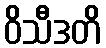
ဝိသီဒတိ